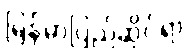
မြန်မာပြည်ဆိုင်ရာ